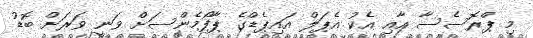
މި ޕްރޮސެސާ އާއި އެކު އެޕަލް އައިޕެޑްގެ ޕާފޯމެންސަށް ވަނީ ވަރަށް ބޮޑު